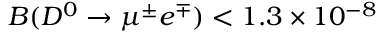
{ \cal B } ( D ^ { 0 } \to \mu ^ { \pm } e ^ { \mp } ) < 1 . 3 \times 1 0 ^ { - 8 }